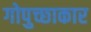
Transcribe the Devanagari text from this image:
गोपुच्छाकार